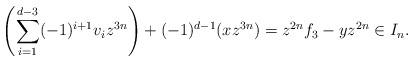
LaTeX: \begin{align*}\left(\sum_{i=1}^{d-3}(-1)^{i+1}v_iz^{3n}\right)+(-1)^{d-1}(xz^{3n}) =z^{2n}f_3-yz^{2n} \in I_n.\end{align*}